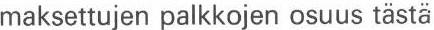
maksettujen palkkojen osuus tästä